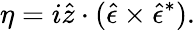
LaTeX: \eta=i\hat{z}\cdot(\hat{\epsilon}\times\hat{\epsilon}^{\ast}).